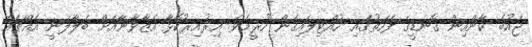
ޖައުބެ ކާންއިން ގޮނޑީގެ ފަހަތުގައި ހުއްޓިލައިގެން ހުރީމެވެ. އިރުއިރުކޮޅާ އެޒާވާނާއަށް ބަލާލަނީ އެއްޗެއް